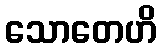
သောတေဟိ